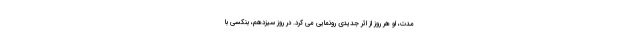
مدت، او هر روز از اثر جدیدی رونمایی می کرد. در روز سیزدهم، بنکسی با